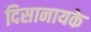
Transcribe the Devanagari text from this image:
दिसानायके